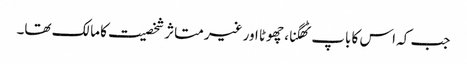
جب کہ اس کا باپ ٹھگنا، چھوٹا اور غیر متاثر شخصیت کا مالک تھا۔